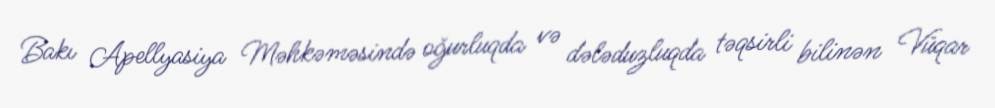
Bakı Apellyasiya Məhkəməsində oğurluqda və dələduzluqda təqsirli bilinən Vüqar